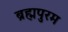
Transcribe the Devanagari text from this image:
ब्रह्मपुरम